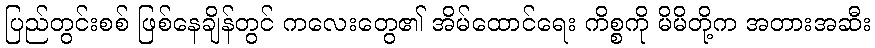
ပြည်တွင်းစစ် ဖြစ်နေချိန်တွင် ကလေးတွေ၏ အိမ်ထောင်ရေး ကိစ္စကို မိမိတို့က အတားအဆီး